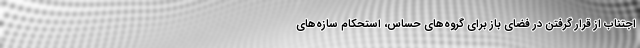
اجتناب از قرار گرفتن در فضای باز برای گروه‌های حساس، استحکام سازه‌های